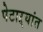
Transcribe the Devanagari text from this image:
पेटाऱ्यांत